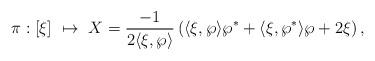
LaTeX: \begin{align*}\pi:[\xi] ~\mapsto~ X=\frac{-1}{2\langle\xi,\wp\rangle}\left(\langle\xi,\wp\rangle\wp^*+\langle\xi,\wp^*\rangle\wp+2\xi\right),\end{align*}